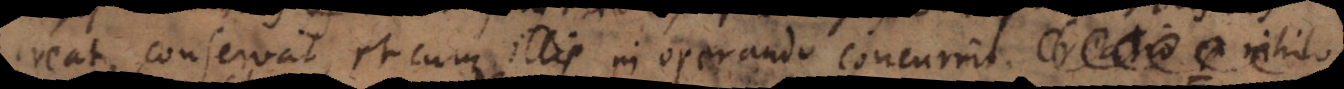
creat, conservat, et cum illis in operando concurrit. Creatio